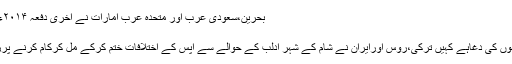
بحرین،سعودی عرب اور متحدہ عرب امارات نے آخری دفعہ ۲۰۱۴ء میں قطر سے سفارتی ...
نوفمبر 11, 2017	0
غیروں کی جفاہے کہیں اپنوں کی دغاہے کہیں ترکی،روس اورایران نے شام کے شہر ادلب کے حوالے سے آپس کے اختلافات ختم کرکے مل کرکام کرنے پررضامندی کا اظہارکیاہے۔